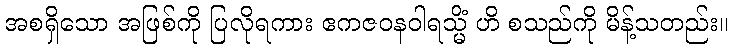
အစရှိသော အဖြစ်ကို ပြလိုရကား ဧကဇဝနဝါရသ္မိံ ဟိ စသည်ကို မိန့်သတည်း။